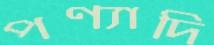
পণ্যাদি